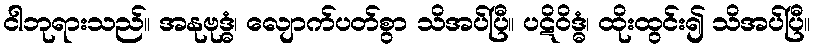
ငါဘုရားသည်။ အနုဗုဒ္ဓံ၊ လျောက်ပတ်စွာ သိအပ်ပြီ။ ပဋိဝိဒ္ဓံ၊ ထိုးထွင်း၍ သိအပ်ပြီ။